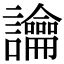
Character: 讑